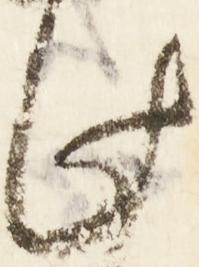
此